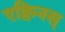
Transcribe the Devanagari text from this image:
एक्विनस्